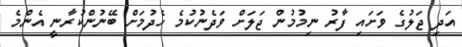
އަދި ޖަލުގެ ވަށައި ފާރު ނިމުމުން ޖަލަށް ވަދެނުކުމެ ހެދުމަށް ބޭނުންކުރާނީ އެންމެ